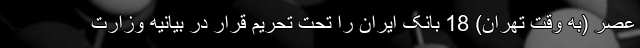
عصر (به وقت تهران) 18 بانک ایران را تحت تحریم قرار در بیانیه وزارت